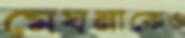
মেঘনাকেও